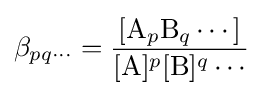
\beta _{pq\cdots }={\frac {[{\mathrm {A} }_{p}{\mathrm {B} }_{q}\cdots ]}{[{\ce {A}}]^{p}[{\ce {B}}]^{q}\cdots }}